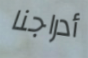
أدراجنا